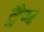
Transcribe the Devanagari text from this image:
ट्रैम